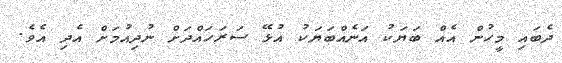
ދެބައި މީހުން އެއް ބަޔަކު އަނެއްބަޔަކު އުޅޭ ސަރަހައްދަށް ނުދިއުމަށް އެދި އެވެ.